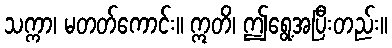
သက္ကာ၊ မတတ်ကောင်း။ ဣတိ၊ ဤရွေ့အပြီးတည်း။